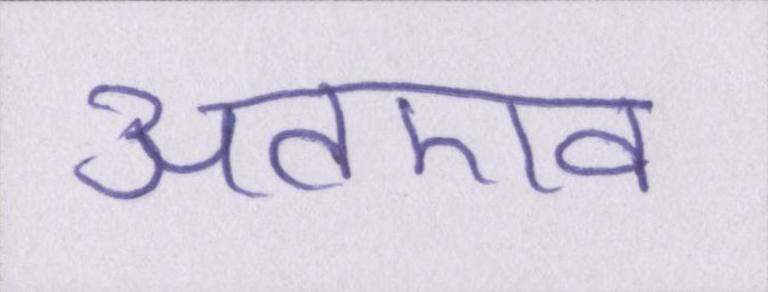
अतएव